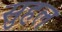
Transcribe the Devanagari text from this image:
सुहल